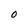
Character: o